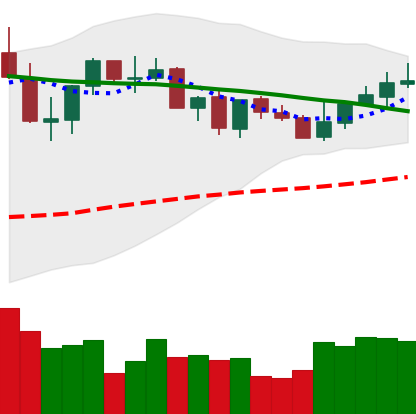
Ticker: XLM-USD
Chart end date: 2021-09-04
Forward return: -10.262%
Label: down_7plus